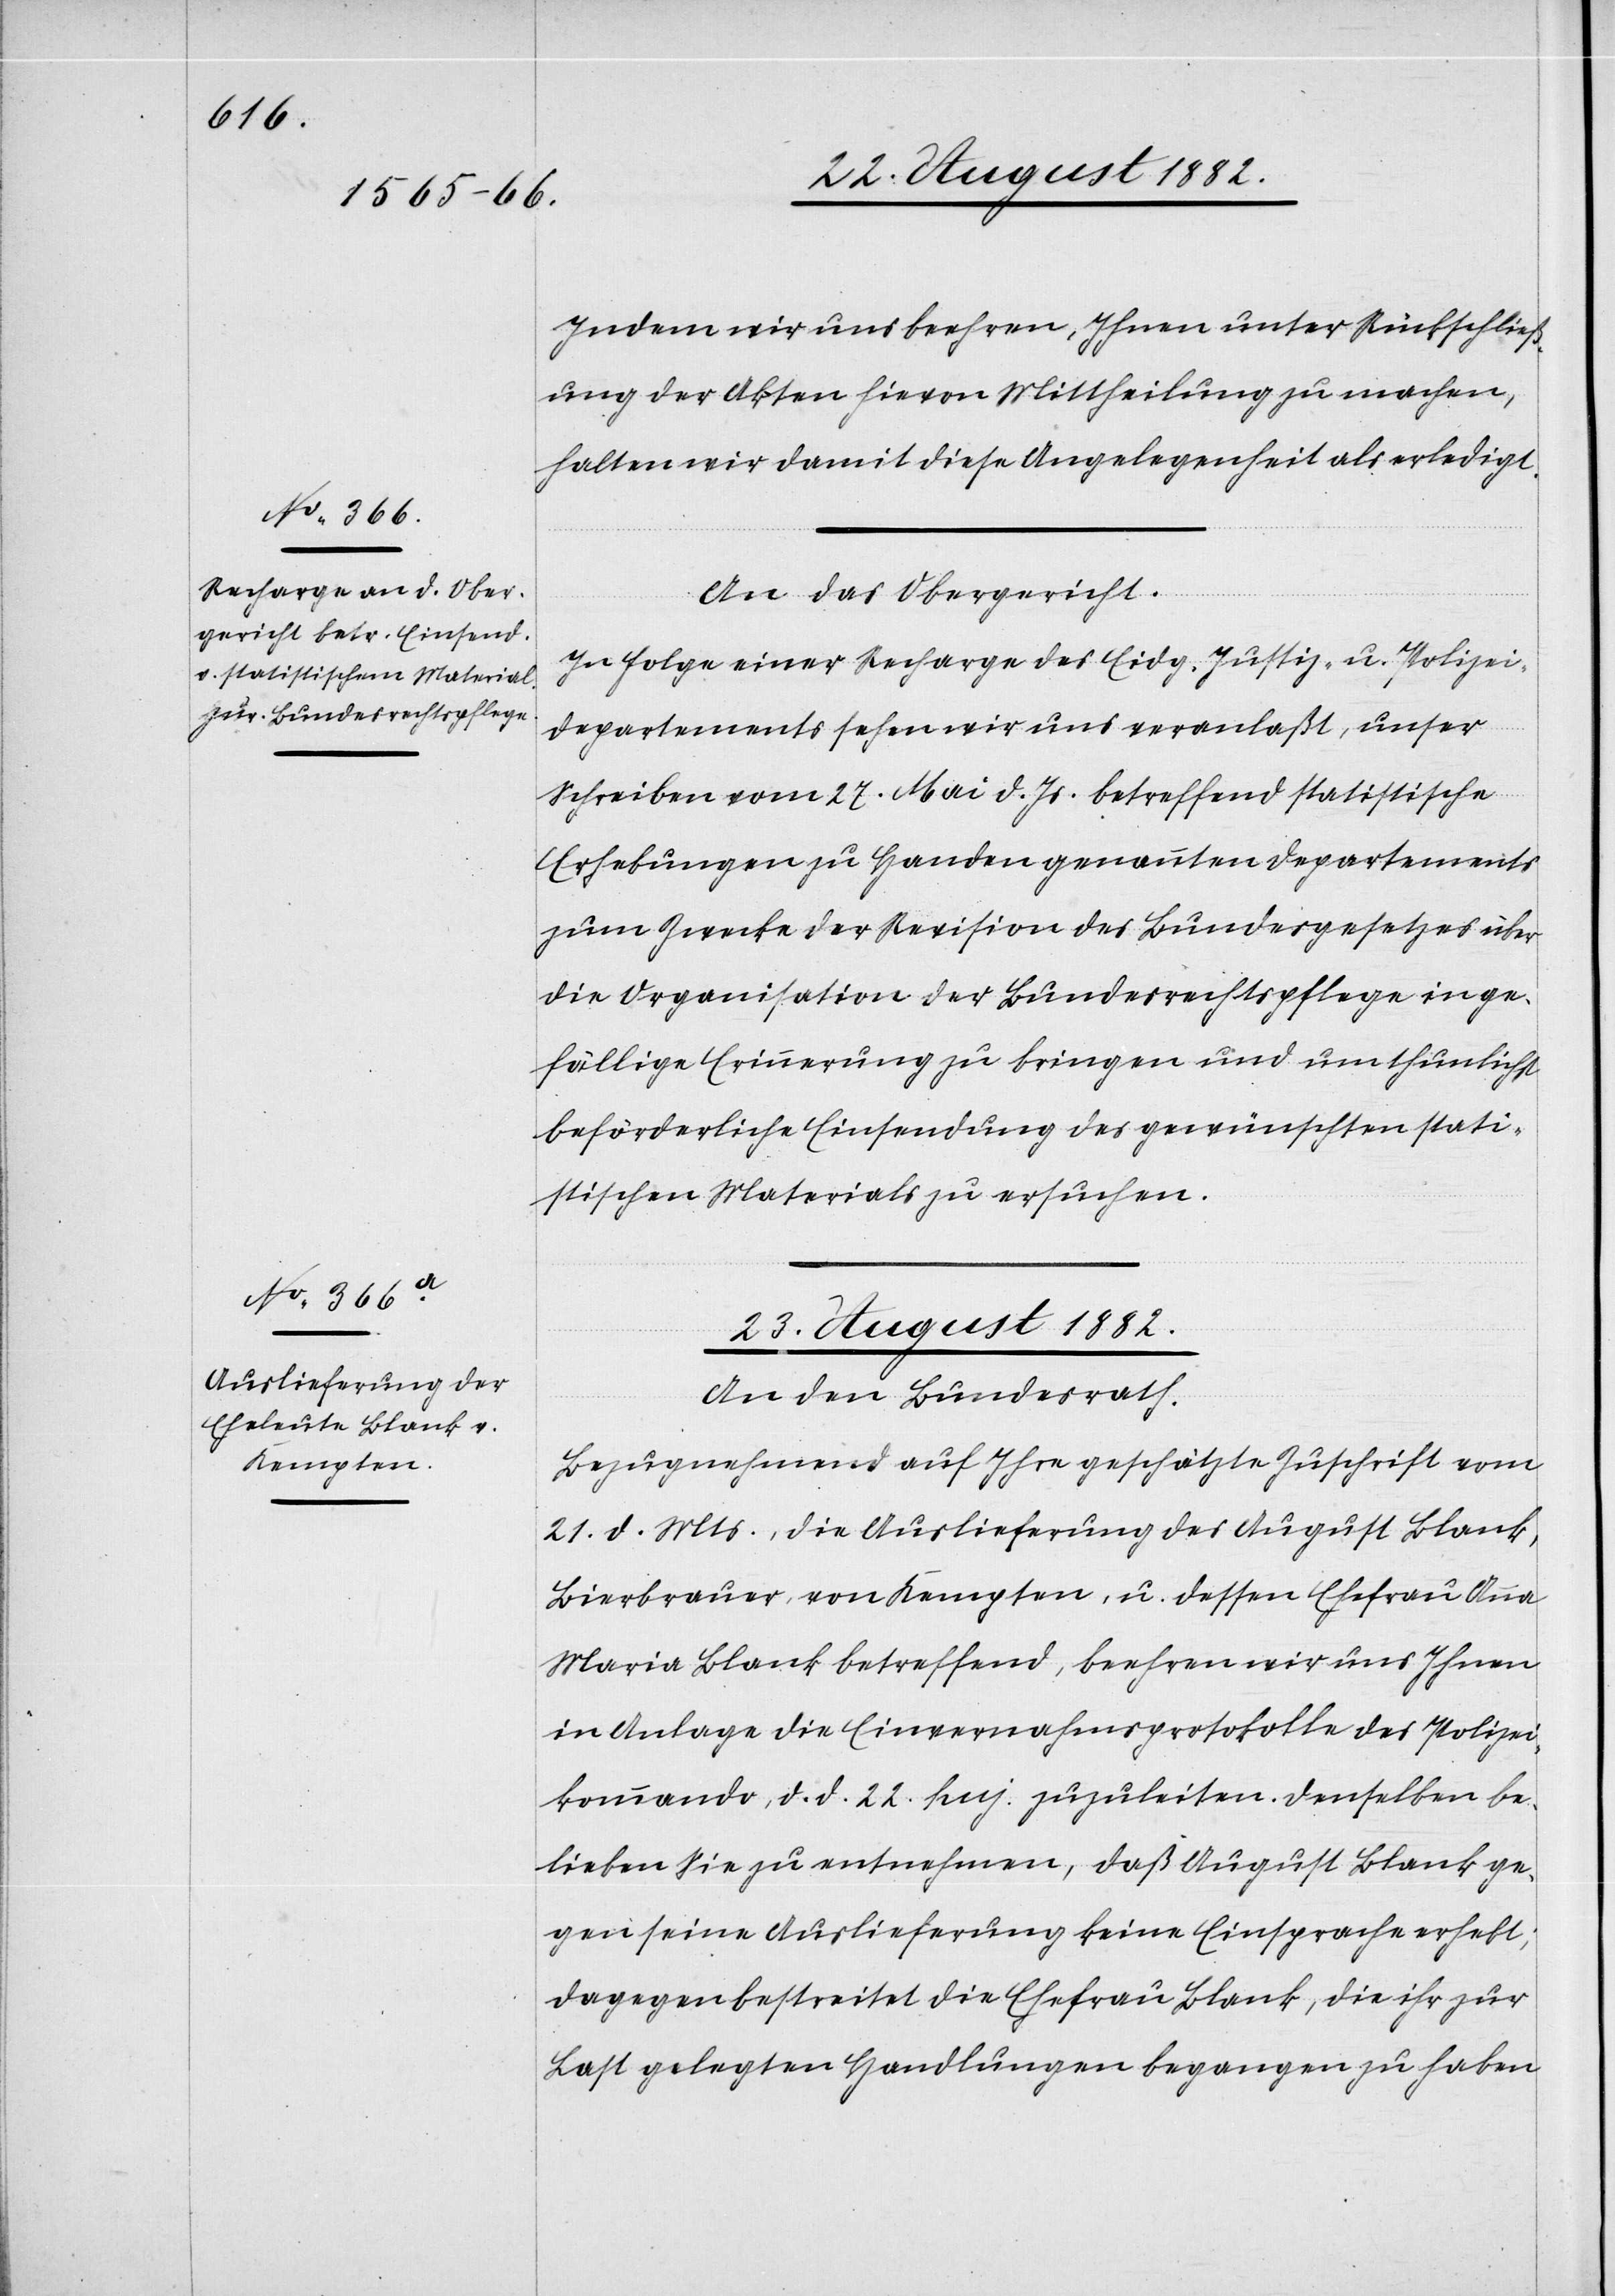
Indem wir uns beehren, Ihnen unter Rückschließ¬
ung der Akten hievon Mittheilung zu machen,
halten wir damit diese Angelegenheit als erledigt.“
An das Obergericht:
In Folge einer Recharge des Eidg. Justiz- u. Polizei¬
departements sehen wir uns veranlaßt, unser
Schreiben vom 27. Mai d. Js. betreffend statistische
Erhebungen zu Handen genannten Departements
zum Zwecke der Revision des Bundesgesetzes über
die Organisation der Bundesrechtspflege in ge¬
fällige Erinnerung zu bringen und um thunlichst
beförderliche Einsendung des gewünschten stati¬
stischen Materials zu ersuchen.
23. August 1882.
An den Bundesrath.
Bezugnehmend auf Ihre geschätzte Zuschrift vom
21. d. Mts., die Auslieferung des August Blank,
Bierbrauer, von Kempten, u. dessen Ehefrau Anna
Maria Blank betreffend, beehren wir uns Ihnen
in Anlage die Einvernahmsprotokolle des Polizei¬
kommando, d. d. 22. huj. zuzuleiten. Denselben be¬
lieben Sie zu entnehmen, daß August Blank ge¬
gen seine Auslieferung keine Einsprache erhebt;
dagegen bestreitet die Ehefrau Blank, die ihr zur
Last gelegten Handlungen begangen zu haben